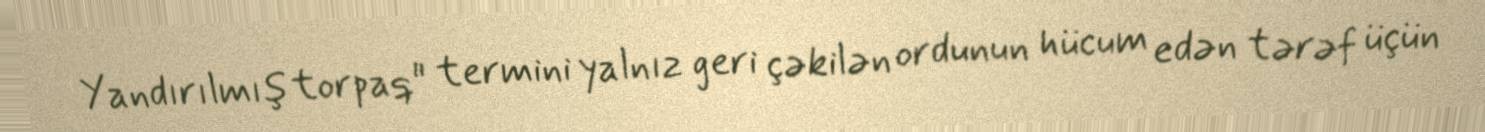
Yandırılmış torpaq" termini yalnız geri çəkilən ordunun hücum edən tərəf üçün